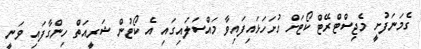
ގެމަނަފުށީ މެޖިސްޓްރޭޓް ކޯޓަށް ހުށަހަޅައިފައިވާ މައްސަލައިގައި އެ ކޯޓުން ޝަރީއަތް ހިންގާފައި ވަނީ